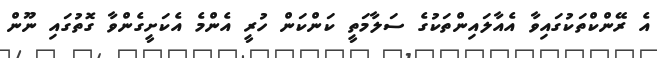
އެ ރޭންކްތަކުގައިވާ އެއާލައިންތަކުގެ ސަލާމަތީ ކަންކަން ހުރީ އެންމެ އެކަށީގެންވާ ގޮތުގައި ނޫން